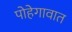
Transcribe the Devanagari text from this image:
पोहेगावात